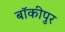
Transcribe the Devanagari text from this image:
बॉकीपुर